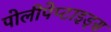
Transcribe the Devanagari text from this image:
पोलीपेप्टाइड्स